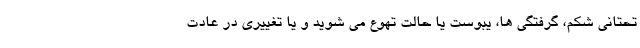
تحتانی شکم، گرفتگی ها، یبوست یا حالت تهوع می شوید و یا تغییری در عادت